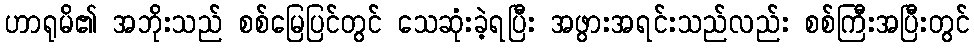
ဟာရုမိ၏ အဘိုးသည် စစ်မြေပြင်တွင် သေဆုံးခဲ့ရပြီး အဖွားအရင်းသည်လည်း စစ်ကြီးအပြီးတွင်